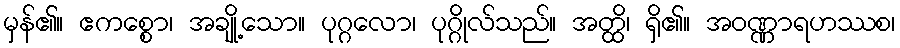
မှန်၏။ ဧကစ္စော၊ အချို့သော။ ပုဂ္ဂလော၊ ပုဂ္ဂိုလ်သည်။ အတ္ထိ၊ ရှိ၏။ အဝဏ္ဏာရဟဿစ၊